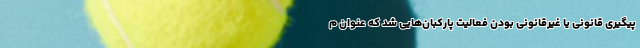
پیگیری قانونی یا غیرقانونی بودن فعالیت پارکبان‌هایی شد که عنوان م